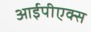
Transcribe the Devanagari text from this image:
आईपीएक्स